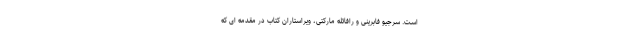
است. سرجیو فابرینی و رافائله مارکتی، ویراستاران کتاب در مقدمه ای که